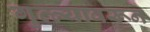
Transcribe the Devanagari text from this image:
गुत्त्यावरून